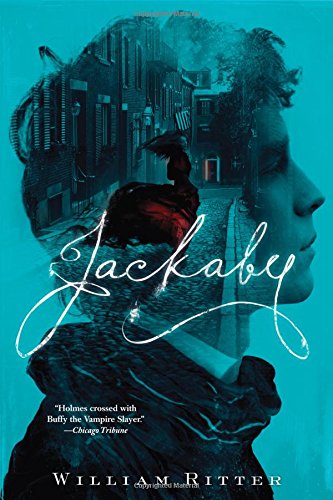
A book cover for Jackaby; William Ritter; Teen & Young Adult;